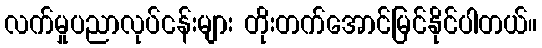
လက်မှုပညာလုပ်ငန်းများ တိုးတက်အောင်မြင်နိုင်ပါတယ်။